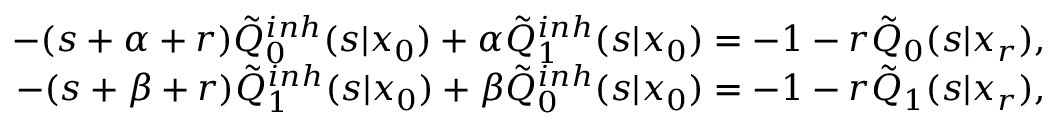
\begin{array} { r } { - ( s + \alpha + r ) \tilde { Q } _ { 0 } ^ { i n h } ( s | x _ { 0 } ) + \alpha \tilde { Q } _ { 1 } ^ { i n h } ( s | x _ { 0 } ) = - 1 - r \tilde { Q } _ { 0 } ( s | x _ { r } ) , } \\ { - ( s + \beta + r ) \tilde { Q } _ { 1 } ^ { i n h } ( s | x _ { 0 } ) + \beta \tilde { Q } _ { 0 } ^ { i n h } ( s | x _ { 0 } ) = - 1 - r \tilde { Q } _ { 1 } ( s | x _ { r } ) , } \end{array}